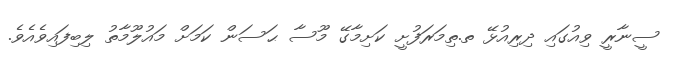
ސީނާރީ ވިއުގައި ދިރިއުޅޭ ތ.ތިމަރަފުށީ ކަށިމާގޭ މޫސާ ޙަސަން ކަމަށް މައުލޫމާތު ލިބިފައިވެއެވެ.